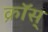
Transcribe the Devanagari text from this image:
क्रॉस्